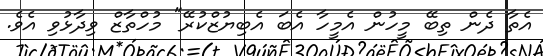
އެތާ ދެން ތިބޭ މީހުން އެމީހާ އެބަ އެބިޔުޒްކުރޭ" މުހްތާޒް ވިދާޅުވި އެވެ.